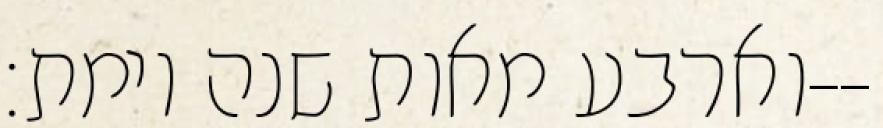
וארבע מאות שנה וימת׃--